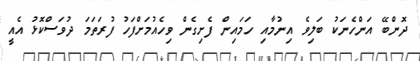
ދޮންބޭ އަންހެނަކު ބަލިވެ އިނުމާއި ހަމައިން ފެށިގެން ވިހެއުމަށްފަހު ފުރަތަމަ ދުވަސްކޮޅު އެއީ